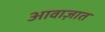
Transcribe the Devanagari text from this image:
आवाज़ात